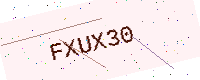
Text: FXUX30